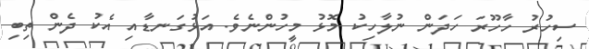
ސިހުރު ހާހޫރަ ހަދަން ނުލާހިކު މޮޅު މީހުންނެވެ. އަޅުގަނޑާއި އެކު ދެން ތިބި